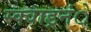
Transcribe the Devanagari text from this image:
स्क्वाड्रनंे